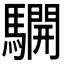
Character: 𩦓